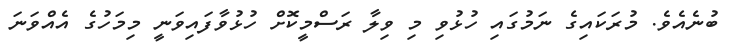
ބުނެއެވެ. މުރަކައިގެ ނަމުގައި ހުޅުވި މި ވިލާ ރަސްމީކޮށް ހުޅުވާފައިވަނީ މިމަހުގެ އެއްވަނަ